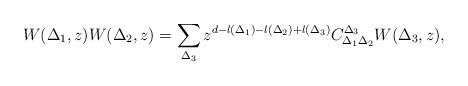
\begin{align*} {W(\Delta_1,z) W(\Delta_2,z) = \sum_{\Delta_3}z^{d-l(\Delta_1)-l(\Delta_2)+l(\Delta_3)}C_{\Delta_1\Delta_2}^{\Delta_3} W(\Delta_3,z) },\end{align*}